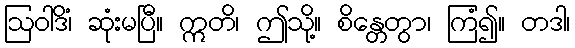
ဩဝါဒိံ၊ ဆုံးမပြီ။ ဣတိ၊ ဤသို့။ စိန္တေတွာ၊ ကြံ၍။ တဒါ၊